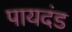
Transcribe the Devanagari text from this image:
पायदंड